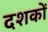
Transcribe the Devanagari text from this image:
दशकाें